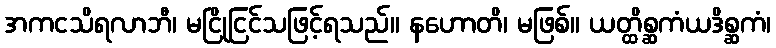
အကငသိရလာဘီ၊ မငြိုငြင်သဖြင့်ရသည်။ နဟောတိ၊ မဖြစ်။ ယတ္ထိစ္ဆကံယဒိစ္ဆကံ၊